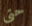
حتى